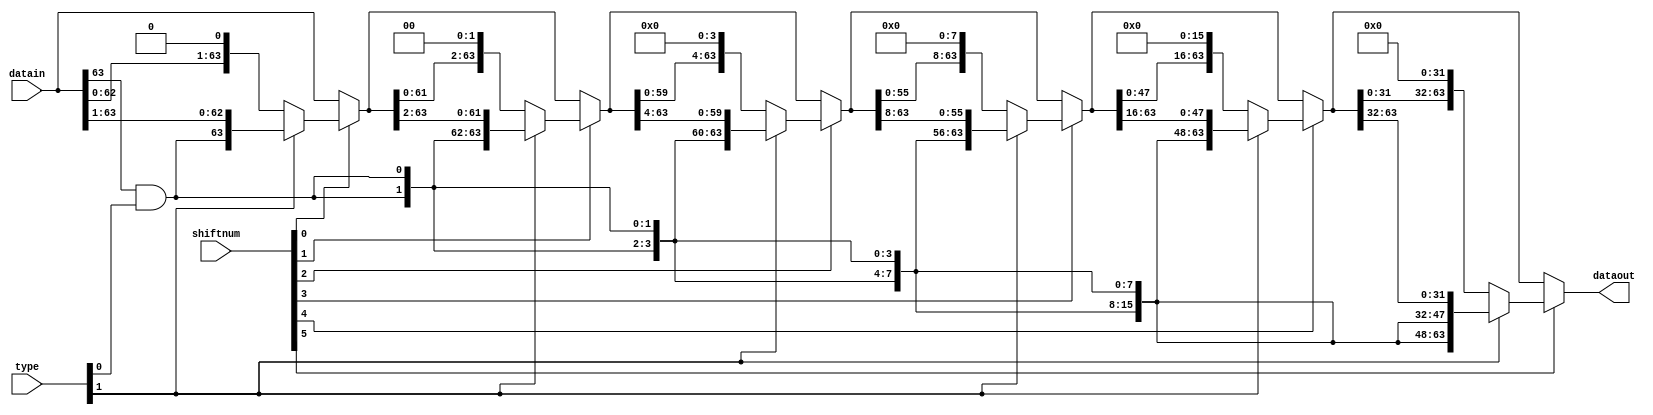
/*
Type: 00/01=Left Shift
10=Right Shift, 0 Filled
11=Right Shift,with symbol extent


*/


module barrel_shifter
(
    input [63:0]datain,
    input [1:0]type,
    input [5:0]shiftnum,
    output [63:0]dataout
);
wire [63:0]shift0;
wire [63:0]shift1;
wire [63:0]shift2;
wire [63:0]shift3;
wire [63:0]shift4;
wire [63:0]shift5;
assign shift0=(
    (shiftnum[0])?
    (type[1]?{{1{datain[63]&type[0]}},datain[63:1]}:{datain[62:0],1'b0}):
    (datain));
assign shift1=(
    (shiftnum[1])?
    (type[1]?{{2{datain[63]&type[0]}},shift0[63:2]}:{shift0[61:0],2'b0}):
    (shift0)
    );
assign shift2=(
    (shiftnum[2])?
    (type[1]?{{4{datain[63]&type[0]}},shift1[63:4]}:{shift1[59:0],4'b0}):
    (shift1)
    );
assign shift3=(
    (shiftnum[3])?
    (type[1]?{{8{datain[63]&type[0]}},shift2[63:8]}:{shift2[55:0],8'b0}):
    (shift2)
    );
assign shift4=(
    (shiftnum[4])?
    (type[1]?{{16{datain[63]&type[0]}},shift3[63:16]}:{shift3[47:0],16'b0}):
    (shift3)
    );
assign shift5=(
    (shiftnum[5])?
    (type[1]?{{32{datain[63]&type[0]}},shift4[63:32]}:{shift4[31:0],32'b0}):
    (shift4)
    );
assign dataout=shift5;

endmodule